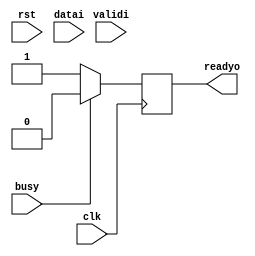
module transreciever (clk,rst,readyo,datai,validi,busy);
input wire clk;
input wire rst;
input wire busy;
input wire validi;
input wire [3:0] datai;
output reg readyo;

reg [3:0] rx;

always @(posedge clk)begin
    if (busy)begin
        readyo<=1'b0;

    end
    else begin
        readyo<=1'b1;
    end
end
always @(posedge clk)begin
    if(readyo)begin
        rx=datai;
    end
end
    
endmodule